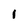
Character: l